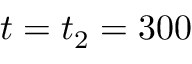
t = t _ { 2 } = 3 0 0